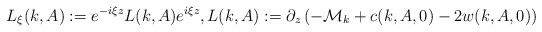
\begin{align*}L_\xi(k,A):=e^{-i\xi z}L(k,A)e^{i\xi z},L(k,A):=\partial_z\left(-\mathcal{M}_k+c(k,A,0)-2w(k,A,0)\right)\end{align*}